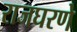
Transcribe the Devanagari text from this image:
राजघरणे